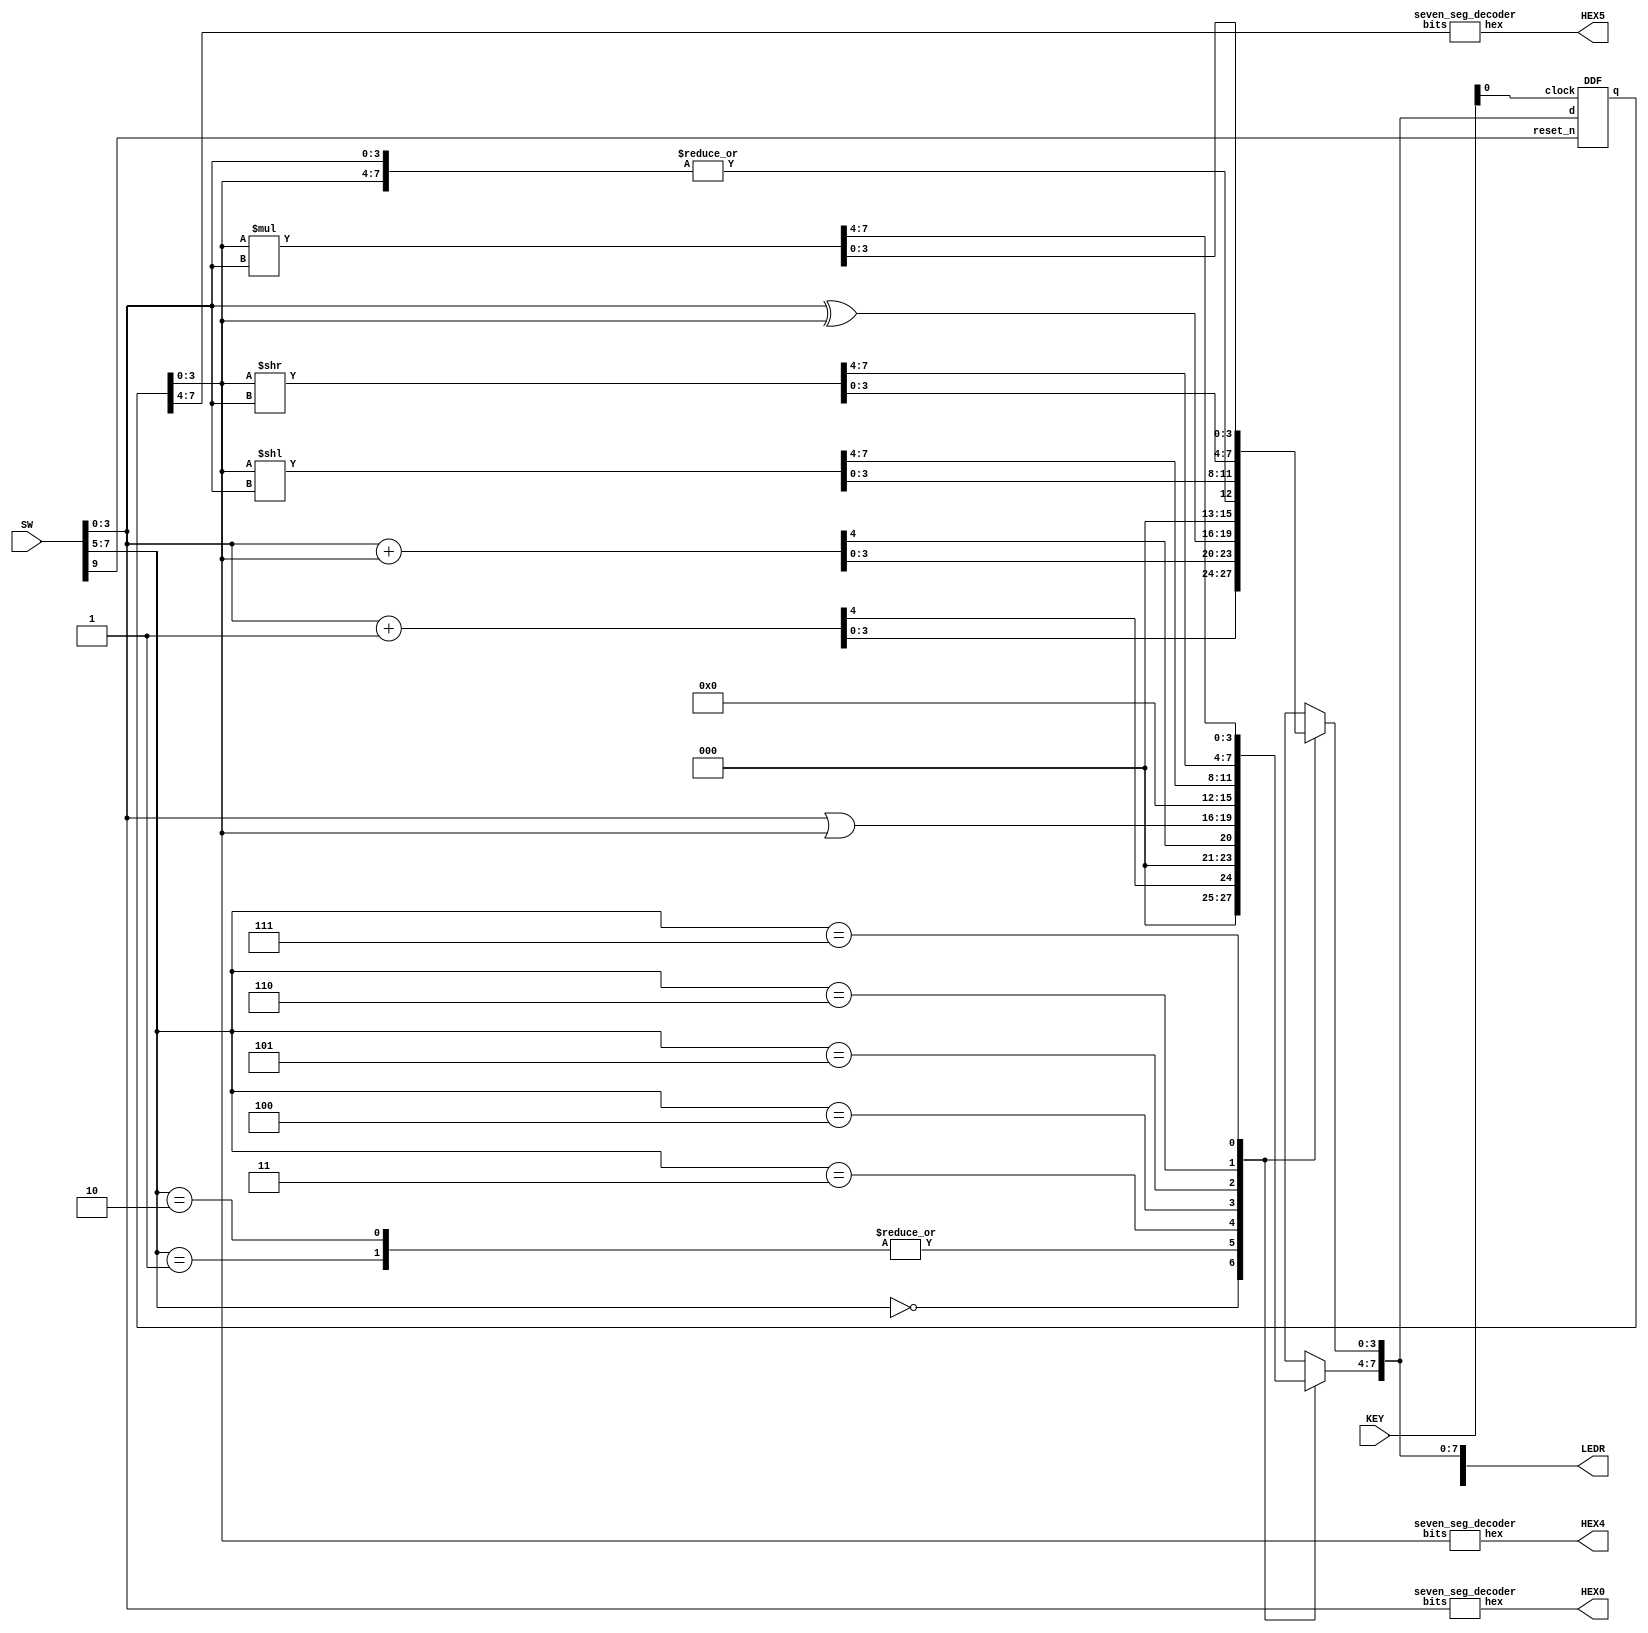
module ALU(SW, KEY, LEDR, HEX0, HEX4, HEX5);
	input [9:0] SW; // A inputs connect to these switches: [3:0], SW9 = reset_n, SW[7:5] = function inputs
	input [3:0] KEY; // clock input
   output [9:0]LEDR; //Using only [7:0] for ALUout
	output [6:0]HEX0; //Displays value of A
	output [6:0]HEX4; //Displays Registerout[3:0] (register)
	output [6:0]HEX5; //Displays Registerout[7:4] (register)
	wire [7:0]ALUout; //Represents the ALU output
	wire [7:0]Registerout; //Represents the Register output
	reg [7:0] temp4; //Temporary 8 bit reg to store the combination of A and B
	reg [3:0] tempa, tempb; //Temporary output variables, 4 bits each, will combine to make 8 bit output
	reg [7:0] case0, case1; // Includes carry digit
	reg [7:0] case5, case6; //For the shifter
	reg [7:0] case7; //Multiplication storage

	always @(*)
	begin
		case (SW[7:5])
			3'b000: begin //Case 0 SHOULD BE DONE
				case0 = SW[3:0] + 4'b0001;
				tempb = case0[3:0];
				tempa = case0[7:4];
			end
			
			3'b001: begin //Case 1 SHOULD BE DONE
				case1 = SW[3:0] + Registerout[3:0];
				tempb = case1[3:0];
				tempa = case1[7:4];
			end
			
			3'b010: begin //Case 2 SHOULD BE DONE
				case1 = SW[3:0] + Registerout[3:0];
				tempb = case1[3:0];
				tempa = case1[7:4];
			end
			
			3'b011: begin //Case 3 SHOULD BE DONE
				tempb = SW[3:0] ^ Registerout[3:0]; //XOR in the lower 4 bits
				tempa = SW[3:0] | Registerout[3:0]; //OR  in the upper four bits
			end
			
			3'b100: begin //Case 4 SHOULD BE DONE
				temp4 = {SW[3:0], Registerout[3:0]};
				tempa = 4'b0000;
				tempb = {3'b000,| temp4[7:0]}; //Reduces the combination of A and Registerout using the or reduction operator
			end
			
			3'b101: begin //Case 5
				//left shift 
				case5 = Registerout[3:0] << SW[3:0];
				tempa = case5[7:4];
				tempb = case5[3:0];
				
			end
			
			3'b110: begin //Case 6 
				case6 = Registerout[3:0] >> SW[3:0];
				tempa = case6[7:4];
				tempb = case6[3:0];
			end
			
			3'b111: begin //Case 7 SHOULD BE DONE
				case7[7:0] = Registerout[3:0] * SW[3:0];
				tempa = case7[7:4];
				tempb = case7[3:0];
			end
			// Default case
			default: begin
				tempa = 4'b0000; //Create two 4 bit strings of 0 to combine into one 8 bit string of 0
				tempb = 4'b0000;
			end
		endcase
	end
	
	assign ALUout[7:0] = {tempa[3:0], tempb[3:0]}; //Completes the 8 bit output
	
	//Should be finished
	//Register module
	DDF register(
		.clock(KEY[0]), //Clock
		.d(ALUout[7:0]), //Input 
		.reset_n(SW[9]), //Reset 
		.q(Registerout[7:0]) //Output
	);
	
	assign LEDR[7:0] = ALUout[7:0]; //Displays the ALU outputs on LEDR 7-0
	
	//DISPLAYING A AND B
	seven_seg_decoder H0(
		.bits(SW[3:0]),
		.hex(HEX0[6:0])
	);
	
	
	//HEX4 AND HEX5 display the least and most significant bits of Register
	seven_seg_decoder H4(
		.bits(Registerout[3:0]),
		.hex(HEX4[6:0])
	);
	
	seven_seg_decoder H5(
		.bits(Registerout[7:4]),
		.hex(HEX5[6:0])
	);
	
	
endmodule

//Finished should be
//DFF
module DDF(clock, reset_n, d, q);
	input clock; //clock
	input reset_n;
	input [7:0] d; //8 bit input
	output [7:0] q; //8 bit output
	reg [7:0] q;
	
	always @(posedge clock)
	begin
		if (reset_n == 1'b0)
			q <= 8'd0;
		else
			q <= d;
	end
endmodule

//Full adder module
module full_adder(s, a, b);
	input [3:0] a;
	input [3:0] b;
	output [4:0] s;
	wire connection1; //Declare a wire for connection
	wire connection2; //Declare another wire for connection
	wire connection3;
	
	//Block 1
	full_adder_sub block1(
		.A(a[0]),
		.B(b[0]),
		.cin(1'b0), 
		.S(s[0]),
		.cout(connection1)
	);
	
	//Block 2
	full_adder_sub block2(
		.A(a[1]),
		.B(b[1]),
		.cin(connection1), 
		.S(s[1]),
		.cout(connection2)
	);
	
	//Block 3
	full_adder_sub block3(
		.A(a[2]),
		.B(b[2]),
		.cin(connection2), 
		.S(s[2]),
		.cout(connection3)
	);
	
	//Block 4
	full_adder_sub block4(
		.A(a[3]),
		.B(b[3]),
		.cin(connection3), 
		.S(s[4]),
		.cout()
	);
	

endmodule

//Full adder sub circuit
module full_adder_sub(S, cout, A, B, cin);
	input A, B, cin;
	output S, cout;
	
	assign S = A^B^cin;
	assign cout = (A&B) | (cin & (A^B));
endmodule

// Verilog adder for case 2
module verilog_adder(s, a, b);
	input [3:0] a;
	input [3:0] b;
	output [4:0] s;
	
	assign s[4:0] = a + b;

endmodule

module verilog_multiplication(s, a, b);
	input [3:0] a;
	input [3:0] b;
	output [7:0] s;

	assign s[7:0] = a * b;
endmodule

//Seven augment decoder for inputs from 0-F (Hexadecimal)
module seven_seg_decoder(bits, hex);
	input [3:0]bits; //4 inputs, represents bits
	output [6:0]hex; //7 segement Hex decoder
	
	assign hex[0] = (~bits[3] & ~bits[2] & ~bits[1] & bits[0]) | (~bits[3] & bits[2] & ~bits[1] & ~bits[0]) | (bits[3] & bits[2] & ~bits[1] & bits[0]) | (bits[3] & ~bits[2] & bits[1] & bits[0]);
	assign hex[1] = (bits[3] & bits[1] & bits[0]) | (bits[2] & bits[1] & ~bits[0]) | (~bits[3] & bits[2] & ~bits[1] & bits[0]) | (bits[3] & bits[2] & ~bits[1] & ~bits[0]);
	assign hex[2] = (bits[3] & bits[2] & bits[1]) | (~bits[3] & ~bits[2] & bits[1] & ~bits[0]) | (bits[3] & bits[2] & ~bits[1] & ~bits[0]);
	assign hex[3] = (bits[2] & bits[1] & bits[0]) | (~bits[2] & ~bits[1] & bits[0]) | (~bits[3] & bits[2] & ~bits[1] & ~bits[0]) | (bits[3] & ~bits[2] & bits[1] & ~bits[0]);
	assign hex[4] = (~bits[3] & bits[2] & ~bits[1]) | (~bits[2] & ~bits[1] & bits[0]) | (~bits[3] & bits[1] & bits[0]);
	assign hex[5] = (bits[3] & bits[2] & ~bits[1] & bits[0]) | (~bits[3] & bits[1] & bits[0]) | (~bits[3] & ~bits[2] & bits[1]) | (~bits[3] & ~bits[2] & bits[0]);
	assign hex[6] = (~bits[3] & ~bits[2] & ~bits[1]) | (bits[3] & bits[2] & ~bits[1] & ~bits[0]) | (~bits[3] & bits[2] & bits[1] & bits[0]);
	
endmodule